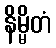
နိမ္မိတံ